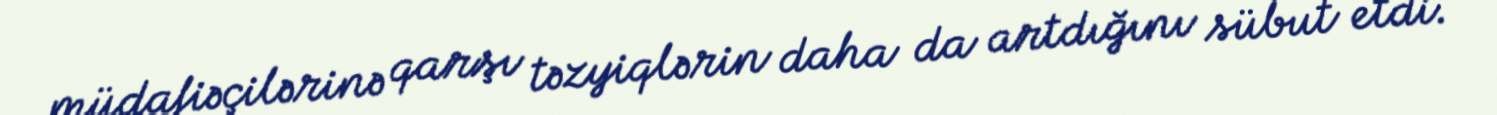
müdafiəçilərinə qarşı təzyiqlərin daha da artdığını sübut etdi.